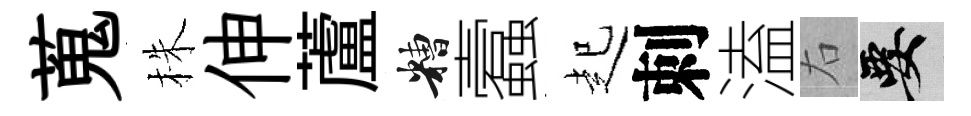
蒐株伸蘆糟蠧起刺溘右要